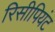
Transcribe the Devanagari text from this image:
रिसीपियंट